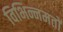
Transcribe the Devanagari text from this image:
विभिन्नमतों